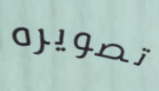
تصويره